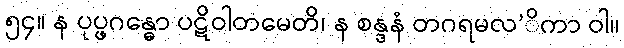
၅၄။ န ပုပ္ဖဂန္ဓော ပဋိဝါတမေတိ၊ န စန္ဒနံ တဂရမလ’ိကာ ဝါ။